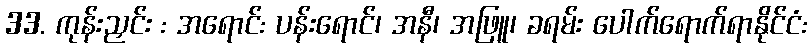
33. ကုန်းညှင်း : အရောင်: ပန်းရောင်၊ အနီ၊ အဖြူ၊ ခရမ်း ပေါက်ရောက်ရာနိုင်ငံ: